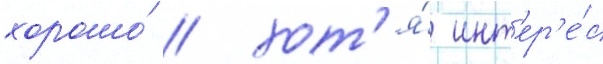
хорошо́ / хот'я́ инт'ер'е́с